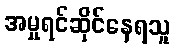
အမှုရင်ဆိုင်နေရသူ